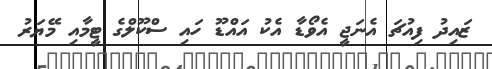
ޒައިދު ފިއުޗަ އެނަޖީ އެވޯޑާ އެކު އައްޑޫ ހައި ސްކޫލްގެ ޓީމާއި މޭޔަރު